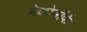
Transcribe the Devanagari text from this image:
नेक्रोमॉर्फ